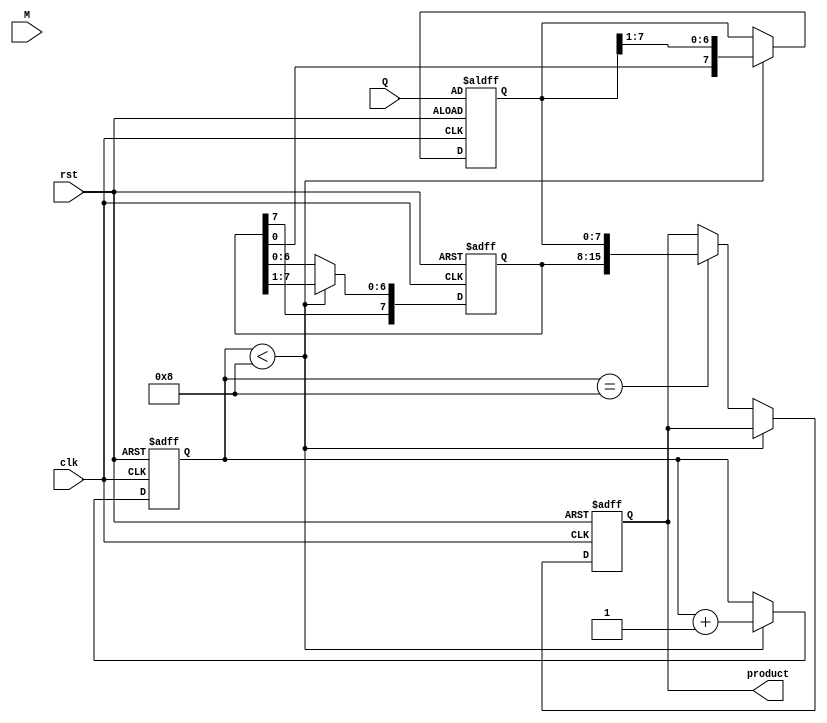
module booth_multiplier #(parameter WIDTH = 8) (
    input wire clk,
    input wire rst,
    input wire [WIDTH-1:0] M, // Multiplicand
    input wire [WIDTH-1:0] Q, // Multiplier
    output reg [2*WIDTH-1:0] product // Final product
);

    reg [WIDTH-1:0] A; // Accumulator
    reg [WIDTH-1:0] Q_reg; // Multiplier register
    reg Q_minus_1; // Previous bit of Q
    reg [3:0] count; // Counter for iterations

    // Initialize registers
    always @(posedge clk or posedge rst) begin
        if (rst) begin
            A <= 0;
            Q_reg <= Q;
            Q_minus_1 <= 0;
            count <= 0;
            product <= 0;
        end else if (count < WIDTH) begin
            // Booth's algorithm logic
            case ({Q_reg[0], Q_minus_1})
                2'b00: begin
                    // No operation, just shift
                end
                2'b01: begin
                    // Add M to A
                    A <= A + M;
                end
                2'b10: begin
                    // Subtract M from A
                    A <= A - M;
                end
                2'b11: begin
                    // No operation, just shift
                end
            endcase

            // Shift operation (Arithmetic right shift)
            {A, Q_reg} <= {A[WIDTH-1], A, Q_reg} >> 1; // Shift A and Q together
            Q_minus_1 <= Q_reg[0]; // Update Q-1
            count <= count + 1; // Increment counter
        end else if (count == WIDTH) begin
            // Store the final product
            product <= {A, Q_reg};
        end
    end
endmodule